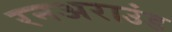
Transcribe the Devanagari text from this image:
रनअराउंड